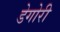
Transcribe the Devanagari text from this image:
डेगोरी